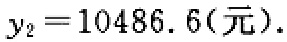
\(y_{2}=10486.6(元).\)